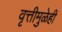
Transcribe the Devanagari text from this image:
वृत्तीमुळेही